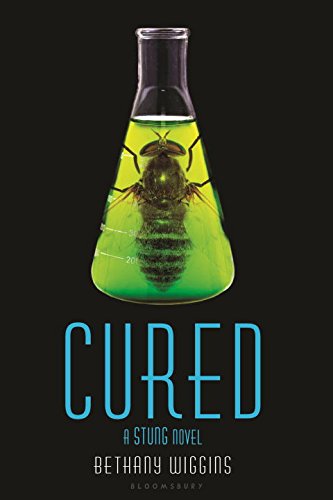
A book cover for Cured: A Stung Novel; Bethany Wiggins; Teen & Young Adult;